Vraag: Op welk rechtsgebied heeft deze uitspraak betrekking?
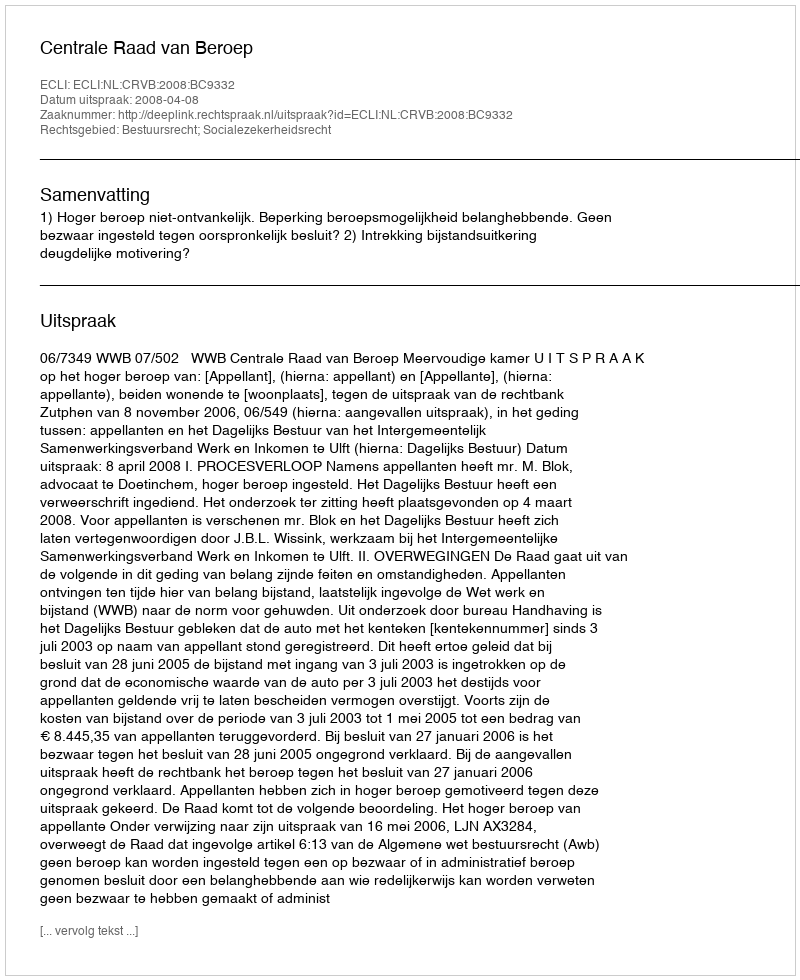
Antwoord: Bestuursrecht; Socialezekerheidsrecht